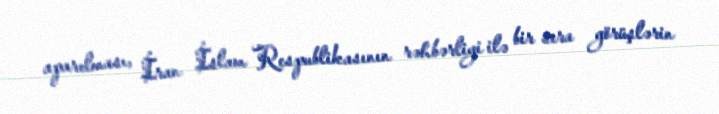
aparılması, İran İslam Respublikasının rəhbərliyi ilə bir sıra görüşlərin